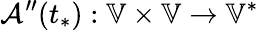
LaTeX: \mathcal{A}^{\prime\prime}(t_{*}):\mathbb{V}\times\mathbb{V}\to\mathbb{V}^{*}